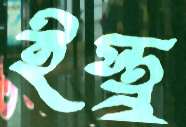
ইস্ত্রু